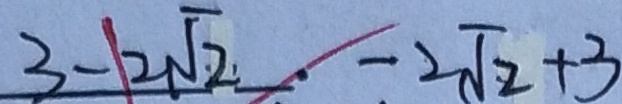
3 - 2 \sqrt { 2 } . - 2 \sqrt { 2 } + 3